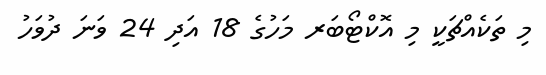
މި ތަކެއްޗަކީ މި އޮކްޓޯބަރ މަހުގެ 18 އަދި 24 ވަނަ ދުވަހު